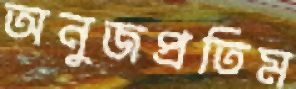
অনুজপ্রতিম